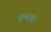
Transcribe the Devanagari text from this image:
चून्याची